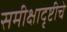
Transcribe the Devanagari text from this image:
समीक्षादृष्टीचे